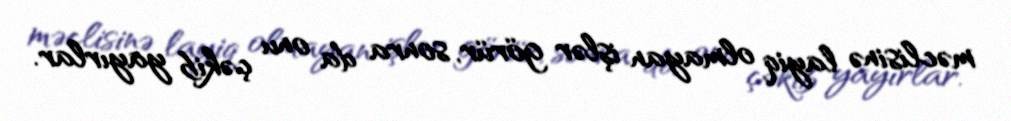
məclisinə layiq olmayan işlər görür, sonra da onu çəkib yayırlar.